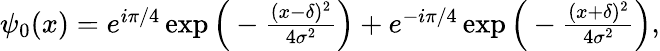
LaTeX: \begin{array}{r}{\psi_{0}(x)=e^{i\pi/4}\exp\Big(-\frac{(x-\delta)^{2}}{4\sigma^{2}}\Big)+e^{-i\pi/4}\exp\Big(-\frac{(x+\delta)^{2}}{4\sigma^{2}}\Big),}\end{array}